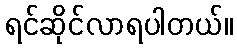
ရင်ဆိုင်လာရပါတယ်။